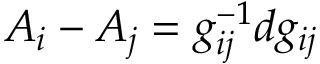
A _ { i } - A _ { j } = g _ { i j } ^ { - 1 } d g _ { i j }